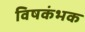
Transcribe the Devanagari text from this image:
विषकंभक